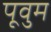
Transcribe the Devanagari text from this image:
पूवुम